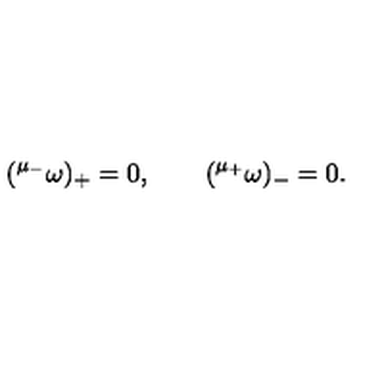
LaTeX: ( { } ^ { \mu _ { - } } \omega ) _ { + } = 0 , \qquad ( { } ^ { \mu _ { + } } \omega ) _ { - } = 0 .